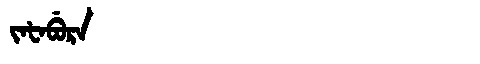
Manchu: ᠵᠠᡶᠠᠪᡠᡵᠠ
Romanization: JAFABURA